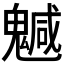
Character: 𩴁